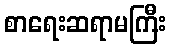
စာရေးဆရာမကြီး